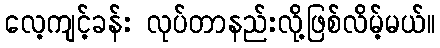
လေ့ကျင့်ခန်း လုပ်တာနည်းလို့ဖြစ်လိမ့်မယ်။